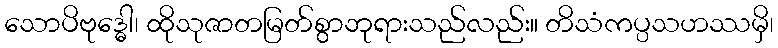
သောပိဗုဒ္ဓေါ၊ ထိုသုဇာတမြတ်စွာဘုရားသည်လည်း။ တိသံကပ္ပသဟဿမှိ၊